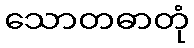
သောတဓာတုံ